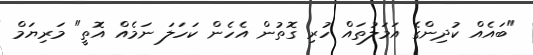
"ބައެއް ކުދިންގެ އަމަލުތައް ހުރި ގޮތުން އެހެން ކަހަލަ ނަމެއް އޮތީ" މަރިޔަމް